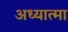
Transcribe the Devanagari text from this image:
अध्यात्मा